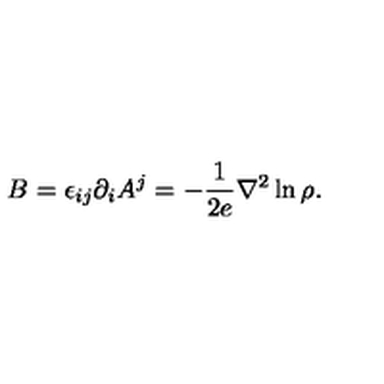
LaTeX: B = \epsilon _ { i j } \partial _ { i } A ^ { j } = - \frac { 1 } { 2 e } { \nabla } ^ { 2 } \ln \rho .